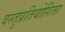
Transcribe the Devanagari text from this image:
वस्तुप्रतियोगिता